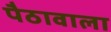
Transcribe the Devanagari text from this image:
पैठावाला